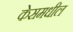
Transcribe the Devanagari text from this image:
केसमधील